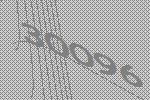
30096